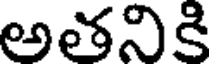
అతనికి